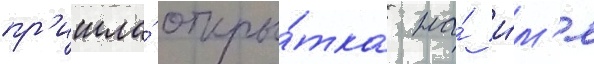
пр'ишла́ откры́тка на́ и́м'я